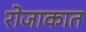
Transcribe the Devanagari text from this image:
रोजाकात